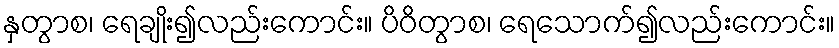
နှတွာစ၊ ရေချိုး၍လည်းကောင်း။ ပိဝိတွာစ၊ ရေသောက်၍လည်းကောင်း။